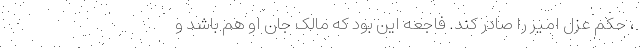
، حکم عزل امیر را صادر کند. فاجعه این بود که مالک جان او هم باشد و